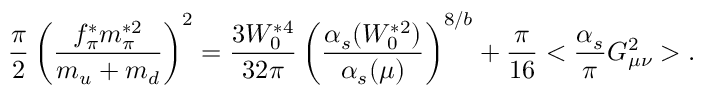
\frac { \pi } { 2 } \left( \frac { f _ { \pi } ^ { * } m _ { \pi } ^ { * 2 } } { m _ { u } + m _ { d } } \right) ^ { 2 } = \frac { 3 W _ { 0 } ^ { * 4 } } { 3 2 \pi } \left( \frac { \alpha _ { s } ( W _ { 0 } ^ { * 2 } ) } { \alpha _ { s } ( \mu ) } \right) ^ { 8 / b } + \frac { \pi } { 1 6 } < \frac { \alpha _ { s } } { \pi } G _ { \mu \nu } ^ { 2 } > .